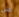
على